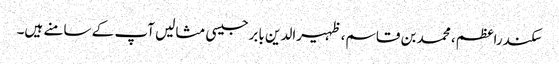
سکندراعظم، محمد بن قاسم، ظہیرالدین بابرجیسی مثالیں آپ کے سامنے ہیں۔